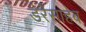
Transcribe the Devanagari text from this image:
डेरेसाहेब